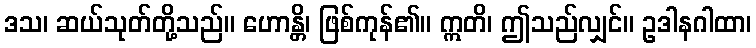
ဒသ၊ ဆယ်သုတ်တို့သည်။ ဟောန္တိ၊ ဖြစ်ကုန်၏။ ဣတိ၊ ဤသည်လျှင်။ ဥဒါနဂါထာ၊